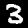
Digit: 3